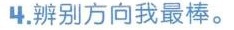
4.辨别方向我最棒。